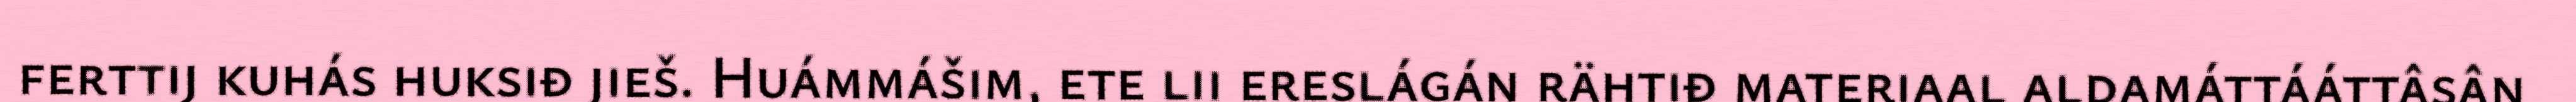
ferttij kuhás huksiđ jieš. Huámmášim, ete lii ereslágán rähtiđ materiaal aldamáttááttâsân